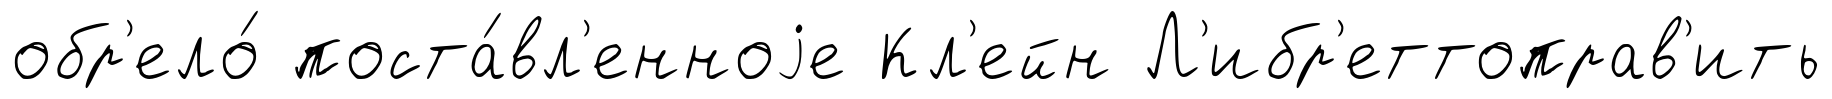
обр'ело́ поста́вл'енноjе Кл'ейн Л'ибр'еттоправ'ить